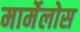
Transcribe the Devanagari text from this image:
मार्मेलोस